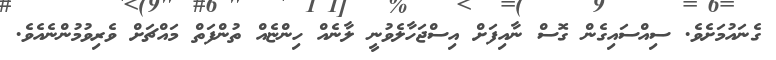
ގެނައުމަށެވެ. ސިއްސައިގެން ގޮސް ނާއިފަށް އިސްޖަހާލެވުނީ ލާނެއް ހިންޏެއް ތުންފަތް މައްޗަށް ވެރިވުމުންނެއެވެ.